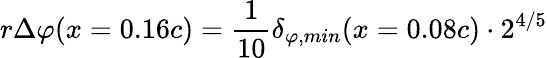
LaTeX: {r\Delta\varphi(x=0.16c)=\frac{1}{10}\delta_{\varphi,min}(x=0.08c)\cdot 2^{4/5}}